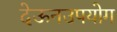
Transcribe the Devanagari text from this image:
देऊनउपयोग